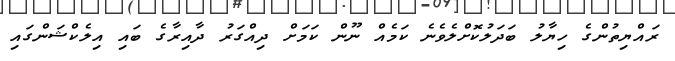
ރައްޔިތުންގެ ހިޔާލު ބަދަލުކޮށްލެވެނެ ކަމެއް ނޫން ކަމަށް ދިއްގަރު ދާއިރާގެ ބައި އިލެކްޝަންގައި